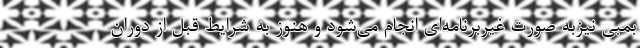
بمبی نیزبه صورت غیربرنامه‌ای انجام می‌شود و هنوز به شرایط قبل از دوران